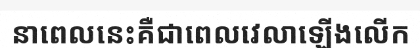
នាពេលនេះគឺជាពេលវេលាឡើងលើក